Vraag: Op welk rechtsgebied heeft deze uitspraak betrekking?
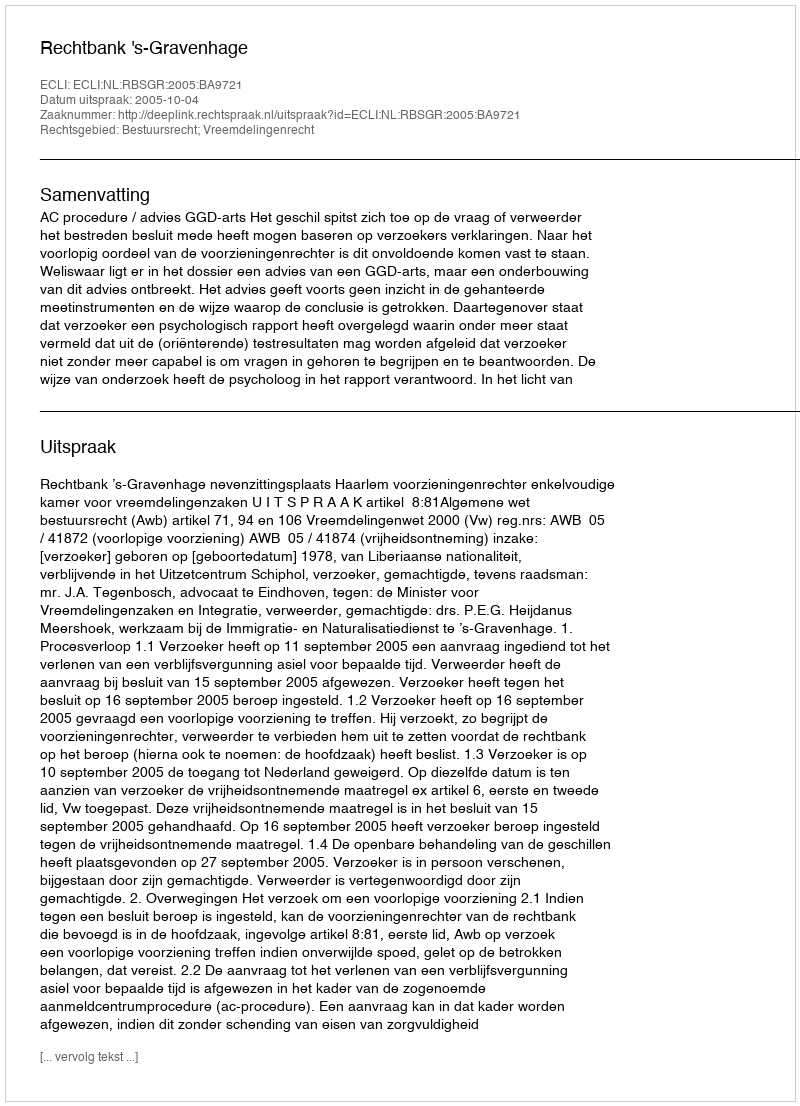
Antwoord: Bestuursrecht; Vreemdelingenrecht